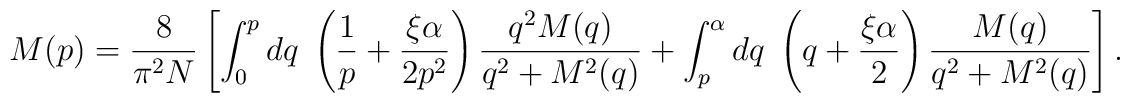
M(p) = \frac{8}{\pi^2 N} \left[ \int_0^p dq\; \left( \frac{1}{p} +\frac{\xi\alpha}{2p^2} \right) \frac{q^2 M(q)}{q^2+M^2(q)} +\int_p^\alpha dq\; \left( q+\frac{\xi\alpha}{2} \right)\frac{M(q)}{q^2+ M^2(q)} \right].